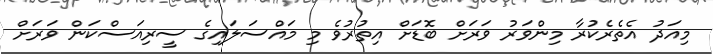
މިއަދު އެތެރެކުރާ މިންވަރު ވަރަށް ބޮޑަށް އިތުރުވެ މި މައްސަލައިގެ ސީރިއަސްކަން ވަރަށް